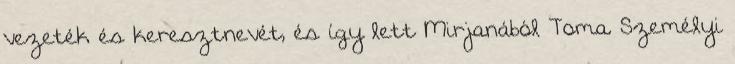
vezeték és keresztnevét, és így lett Mirjanából Toma. Személyi